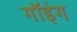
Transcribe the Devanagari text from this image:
गॉइंग